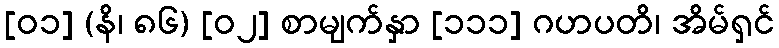
[၀၁] (နိ၊ ၈၆) [၀၂] စာမျက်နှာ [၁၁၁] ဂဟပတိ၊ အိမ်ရှင်